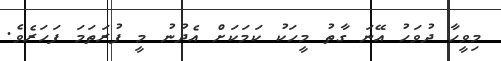
މިވީހާ ދުވަހު އޭނަ ގާތު މީހަކު ކަމަކަށް އެދުނު މީ ފުރަތަމަ ފަހަރެވެ.